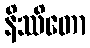
နိဿိတော